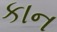
કાન